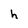
Character: h